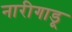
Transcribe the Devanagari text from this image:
नारीगाडू